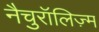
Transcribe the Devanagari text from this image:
नैचुरॉलिज़्म